Vaccination in Bombay 1874-1876 - 1874-1876
Year: 1874
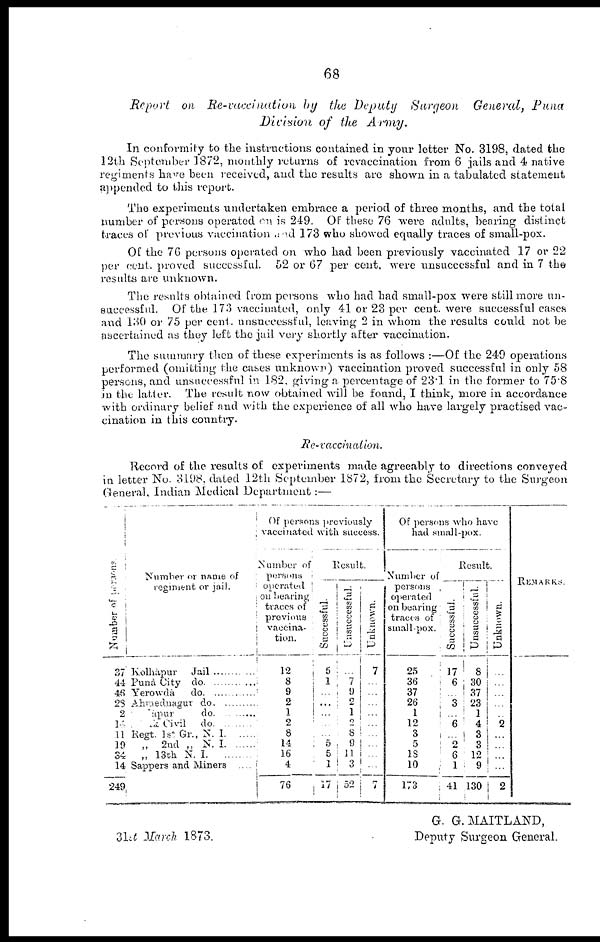
68
Report
on Re-vaccination
by
the Deputy
Surgeon
General,
Puna
Division
of the
Army.
In conformity to the instructions contained in your letter No. 3198, dated the
12th September 1872, monthly returns of revaccination from 6 jails and 4 native
regiments have been received, and the results are shown in a tabulated statement
appended to this report.
The experiments undertaken embrace a period of three months, and the total
number of persons operated on is 249. Of these 76 were adults, bearing distinct
traces of previous vaccination and 173 who showed equally traces of small-pox.
Of the 76 persons operated on who had been previously vaccinated 17 or 22
per cent. proved successful. 52 or 67 per cent. were unsuccessful and in 7 the
results are unknown.
The results obtained from persons who had had small-pox were still more un-
successful. Of the 173 vaccinated, only 41 or 23 per cent. were successful cases
and 130 or 75 per cent. unsuccessful, leaving 2 in whom the results could not be
ascertained as they left the jail very shortly after vaccination.
The summary then of these experiments is as follows :—Of the 249 operations
performed (omitting the cases unknown) vaccination proved successful in only 58
persons, and unsuccessful in 182, giving a percentage of 23.1 in the former to 75.8
in the latter. The result now obtained will be found, I think, more in accordance
with ordinary belief and with the experience of all who have largely practised vac¬
cination in this country.
Re-vaccination.
Record of the results of experiments made agreeably to directions conveyed
in letter No. 3198, dated 12th September 1872, from the Secretary to the Surgeon
General, Indian Medical Department :—
Number of persons
37
44
46
23
2
14
11
19
34
14
249
Number or name of
regiment or jail.
Kolhàpur Jail
Puna City do
Yerowdà
do
Ahmednagur do
pur do ..........
.k Civil do
Regt. 1st Gr., N. I. ......
„ 2nd „ N. I
„ 13th N. I
Sappers and Miners ....
Of persons previously
vaccinated with success.
Number of
persons
operated
on bearing
traces of
previous
vaccina-
tion.
12
8
9
2 1
2
8
14
16
4
76
Result.
Successful.
5
1
...
...
...
...
...
5
5
1
17
Unsuccessful.
...
7
9
2
1
2
8
9
11
3
52
Unknown.
7
...
...
...
...
...
...
...
...
...
7
Of persons who have
had small-pox.
Number of
persons
operated
on bearing
traces of
small-pox.
25
36
37
26
1
12
3
5
18
10
173
Result.
Successful.
17
6
...
3
...
6
...
2
6
1
41
Unsuccessful.
8
30
37
23
1
4
3
3
12
9
130
Unknown.
...
...
...
...
... 2
...
...
...
...
2
Remarks.
G. G.MAITLAND,
Deputy Surgeon General.
31st March 1873.